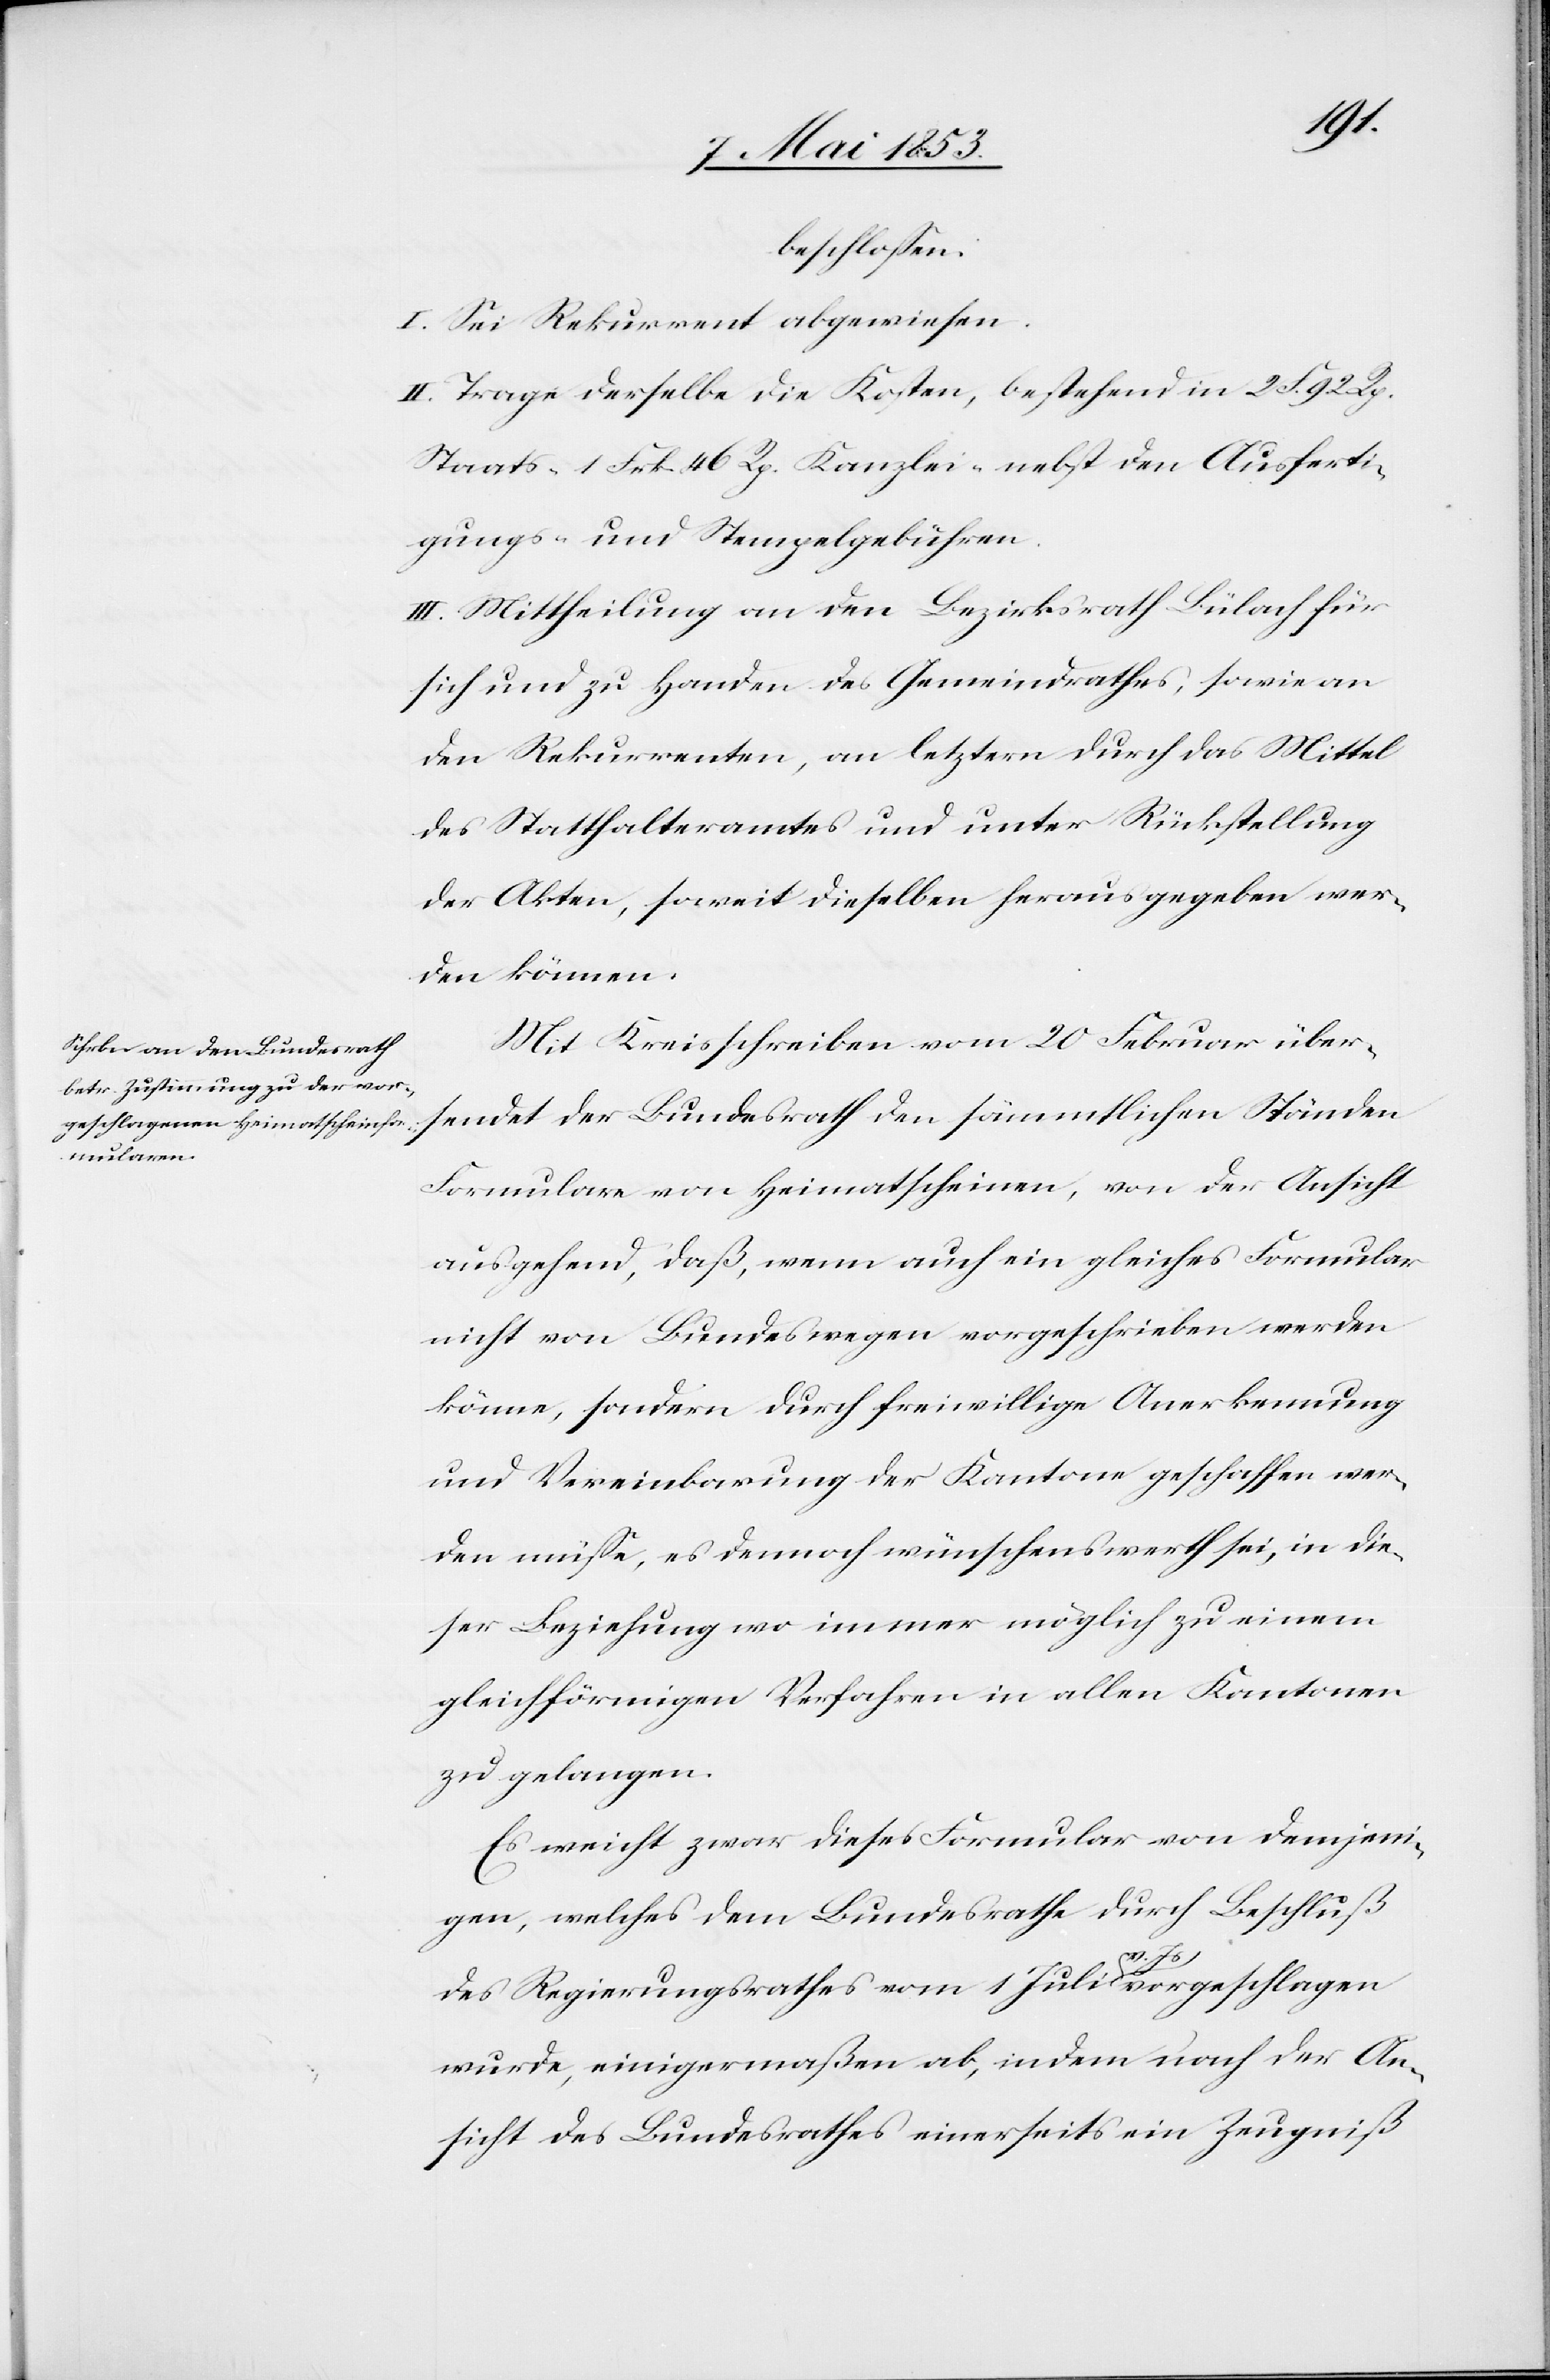
beschloßen:
I. Sei Rekurrent abgewiesen.
II. Trage derselbe die Kosten, bestehend in 2 F. 92 Rp.
Staats- 1 Frk. 46 Rp. Kanzlei- nebst den Ausferti¬
gungs- u. Stempelgebühren.
III. Mittheilung an den Bezirksrath Bülach für
sich und zu Handen des Gemeindrathes, sowie an
den Rekurrenten, an letztern durch das Mittel
des Statthalteramtes und unter Rückstellung
der Akten, soweit dieselben herausgegeben wer¬
den können.
Mit Kreisschreiben vom 20 Februar über¬
sendet der Bundesrath den sämmtlichen Ständen
Formulare von Heimathscheinen, von der Ansicht
ausgehend, daß, wenn auch ein gleiches Formular
nicht von Bundeswegen vorgeschrieben werden
könne, sondern durch freiwillige Anerkennung
und Vereinbarung der Kantone geschaffen wer¬
den müße, es demnach wünschenswerth sei, in die¬
ser Beziehung wo immer möglich zu einem
gleichförmigen Verfahren in allen Kantonen
zu gelangen.
Es weicht zwar dieses Formular von demjeni¬
gen, welches dem Bundesrathe durch Beschluß
des Regierungsrathes vom 1 Juli v. Js. vorgeschlagen
wurde, einigermaßen ab, indem nach der An¬
sicht des Bundesrathes einerseits ein Zeugniß